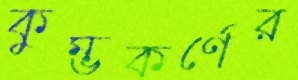
কুম্ভকর্ণের